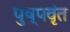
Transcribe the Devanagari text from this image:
पुष्पवृंत